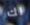
لك